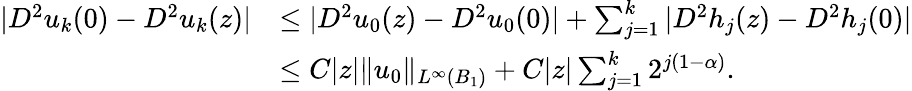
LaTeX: \begin{array}{rl}{|D^{2}u_{k}(0)-D^{2}u_{k}(z)|}&{\le|D^{2}u_{0}(z)-D^{2}u_{0}(0)|+\sum_{j=1}^{k}|D^{2}h_{j}(z)-D^{2}h_{j}(0)|}\\ &{\le C|z|\| u_{0}\| _{L^{\infty}(B_{1})}+C|z|\sum_{j=1}^{k}2^{j(1-\alpha)}.}\end{array}